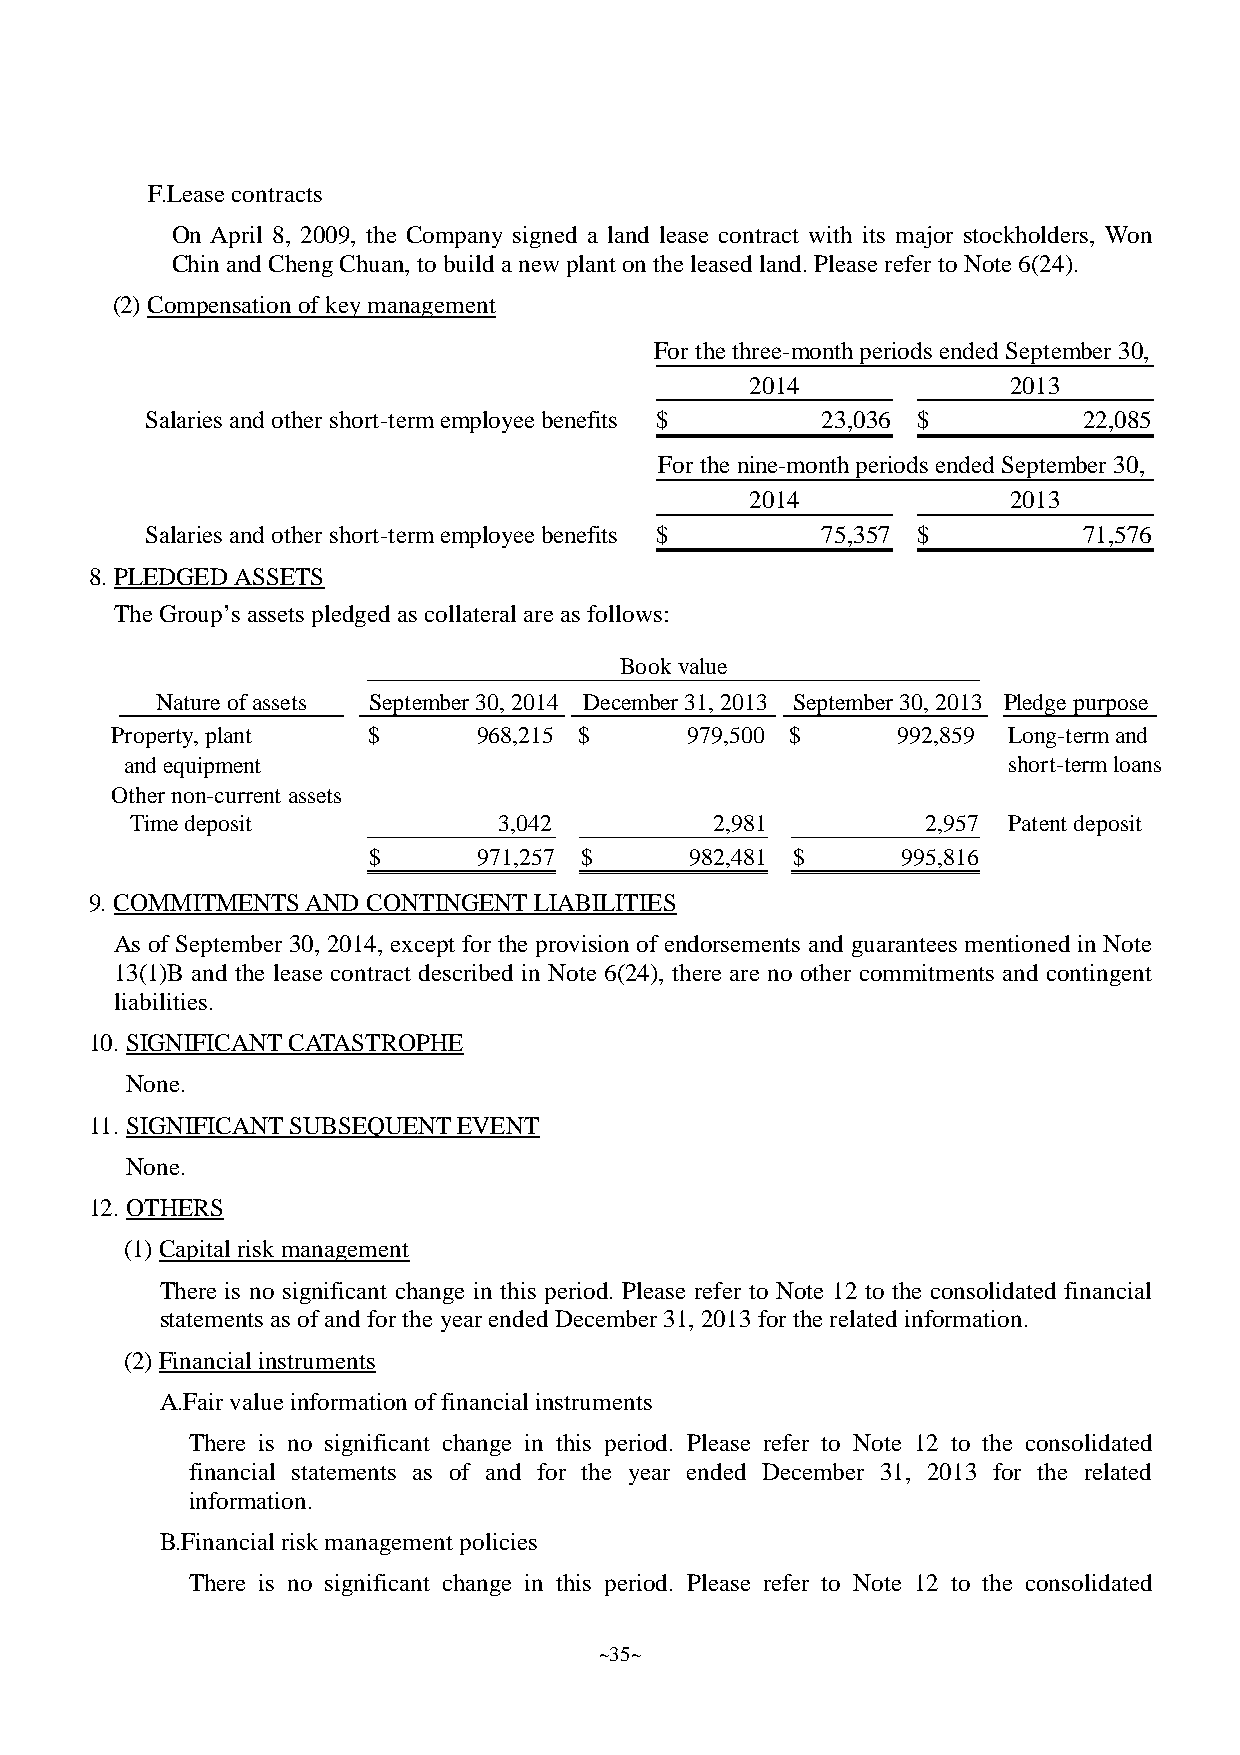
F.Leasecontracts
 On April 8, 2009, the Company signed a land lease contract with its major stockholders, Won
 ChinandChengChuan,tobuildanewplant ontheleasedland.PleaserefertoNote6(24).
 (2)Compensationofkeymanagement
 For the three-monthperiodsended September 30,
 2014             2013
 Salaries and other short-termemployee benefits $ 23,036 $     22,085
 For the nine-monthperiodsended September 30,
 2014             2013
 Salaries and other short-termemployee benefits $ 75,357 $     71,576
 8.PLEDGEDASSETS
 TheGroup’s assets pledgedas collateral areas follows:
 Book value
 Natureofassets September 30, 2014 December 31,2013 September 30,2013 Pledgepurpose
 Property,plant   $       968,215 $     979,500 $    992,859 Long-termand
 and equipment                                              short-termloans
 Other non-current assets
 Timedeposit             3,042         2,981         2,957 Patent deposit
 $       971,257 $     982,481 $     995,816
 9.COMMITMENTSAND  CONTINGENTLIABILITIES
 As of September 30, 2014, except for the provision of endorsements and guarantees mentioned in Note
 13(1)B and the lease contract described in Note 6(24), there are no other commitments and contingent
 liabilities.
 10.SIGNIFICANTCATASTROPHE
 None.
 11.SIGNIFICANTSUBSEQUENTEVENT
 None.
 12.OTHERS
 (1)Capital risk management
 There is no significant change in this period. Please refer to Note 12 to the consolidated financial
 statements as ofandforthe year endedDecember 31,2013fortherelatedinformation.
 (2)Financial instruments
 A.Fairvalueinformation offinancial instruments
 There is no significant change in this period. Please refer to Note 12 to the consolidated
 financial statements as of and for the year ended December 31, 2013 for the related
 information.
 B.Financial risk management policies
 There is no significant change in this period. Please refer to Note 12 to the consolidated
 ~35~